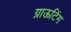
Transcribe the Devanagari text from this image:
ग्राऊटिंग